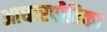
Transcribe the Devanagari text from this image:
आधारपीठिका